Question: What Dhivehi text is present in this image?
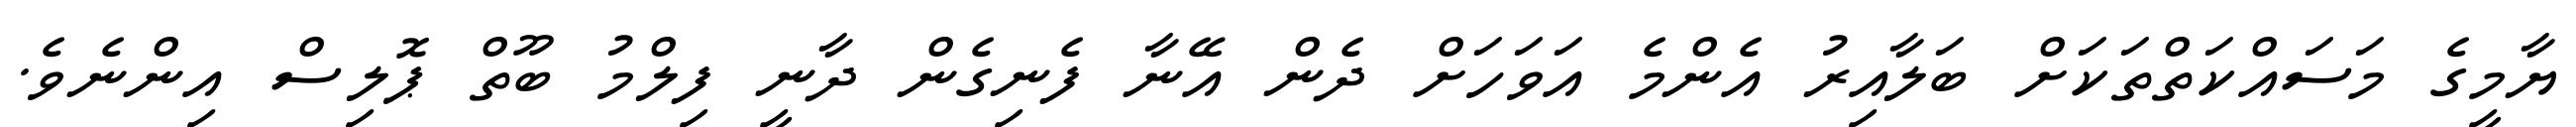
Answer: ޔާމީގެ މަސައްކަތްތަކަށް ބަލާއިރު އެންމެ އަވަހަށް ދެން އޭނާ ފެނިގެން ދާނީ ފިލްމު ބޫތް ޕޮލިސް އިންނެވެ.